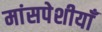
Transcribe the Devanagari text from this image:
मांसपेशीयाँ